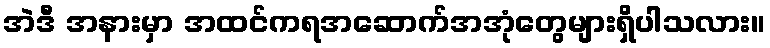
အဲဒီ အနားမှာ အထင်ကရအဆောက်အအုံတွေများရှိပါသလား။